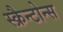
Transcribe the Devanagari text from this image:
स्क्रैन्टोन्स